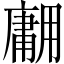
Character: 𱰡